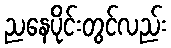
ညနေပိုင်းတွင်လည်း